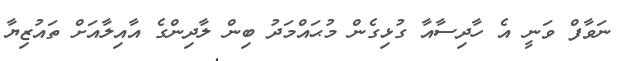
ނަވާފް ވަނީ އެ ހާދިސާއާ ގުޅިގެން މުޙައްމަދު ބިން ލާދިންގެ އާއިލާއަށް ތައުޒިޔާ